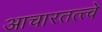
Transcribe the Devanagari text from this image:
आचारतत्त्वे